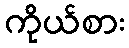
ကိုယ်စား